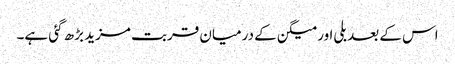
اس کے بعد بلی اور میگن کے درمیان قربت مزید بڑھ گئی ہے۔